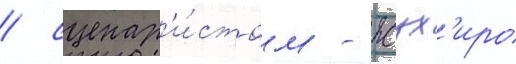
/ сценар'и́стом - ясух'иро